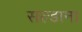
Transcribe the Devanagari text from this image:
सल्डाना